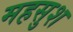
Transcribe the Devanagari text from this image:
महसुश